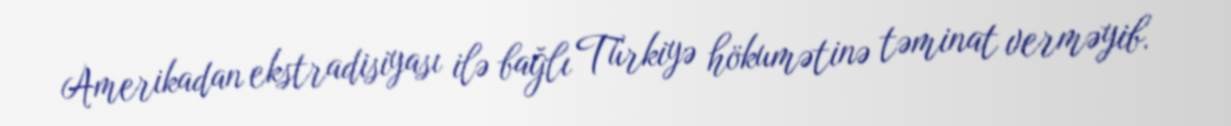
Amerikadan ekstradisiyası ilə bağlı Türkiyə hökumətinə təminat verməyib.